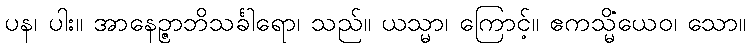
ပန၊ ပါး။ အာနေဉ္ဇာဘိသင်္ခါရော၊ သည်။ ယသ္မာ၊ ကြောင့်။ ဧကသ္မိံယေဝ၊ သော။